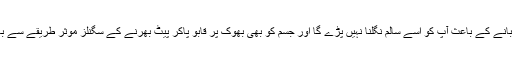
اسی طرح آہستگی سے چبانے کے باعث آپ کو اسے سالم نگلنا نہیں پڑے گا اور جسم کو بھی بھوک پر قابو پاکر پیٹ بھرنے کے سگنلز موثر طریقے سے بھیجنے میں مدد ملے گی۔